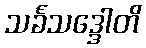
သင်္ခသဒ္ဒေါတိ